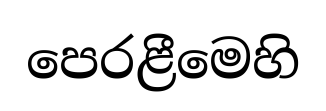
පෙරළීමෙහි